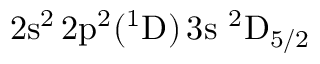
\mathrm { 2 s ^ { 2 } \, 2 p ^ { 2 } ( ^ { 1 } D ) \, 3 s ~ ^ { 2 } D _ { 5 / 2 } }